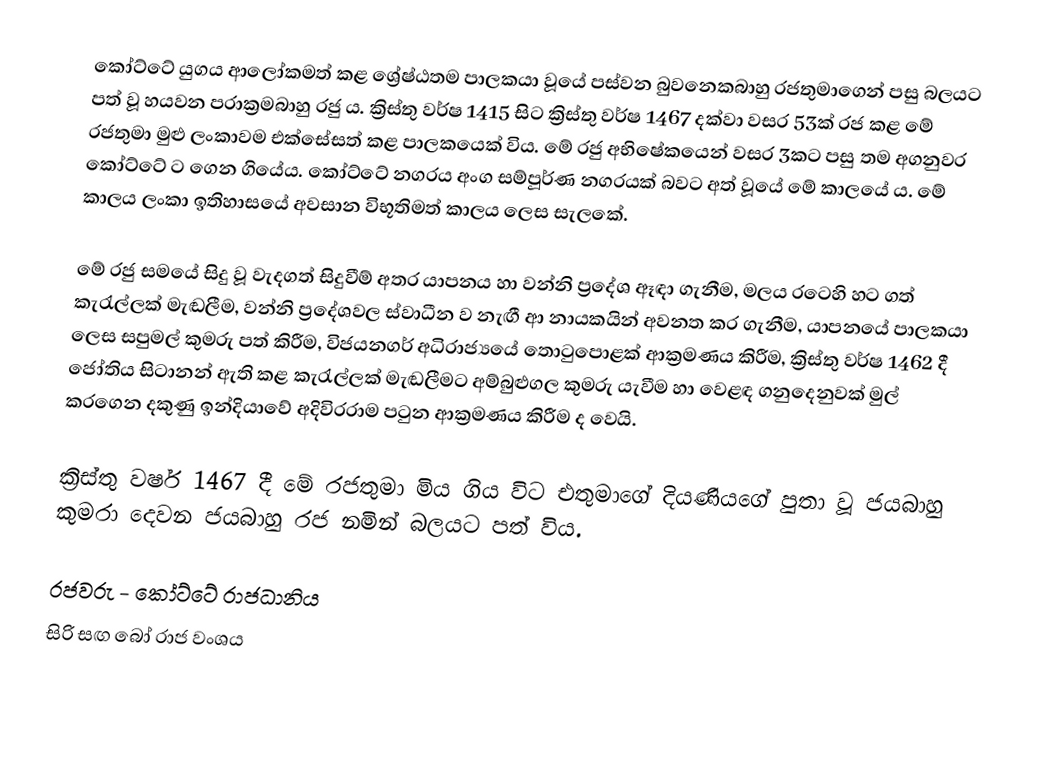
කෝට්ටේ යුගය ආලෝකමත් කළ ශ්‍රේෂ්ඨතම පාලකයා වූයේ පස්වන බුවනෙකබාහු රජතුමාගෙන් පසු බලයට පත් වූ හයවන පරාක්‍රමබාහු රජු ය. ක්‍රිස්තු වර්ෂ 1415 සිට ක්‍රිස්තු වර්ෂ 1467 දක්වා වසර 53ක් රජ කළ මේ රජතුමා මුළු ලංකාවම එක්සේසත් කළ පාලකයෙක් විය. මේ රජු අභිෂේකයෙන් වසර 3කට පසු තම අගනුවර කෝට්ටේ ට ගෙන ගියේය. කෝට්ටේ නගරය අංග සම්පූර්ණ නගරයක් බවට අත් වූයේ මේ කාලයේ ය. මේ කාලය ලංකා ඉතිහාසයේ අවසාන විභූතිමත් කාලය ලෙස සැලකේ.

මේ රජු සමයේ සිදු වූ වැදගත් සිදුවීම් අතර යාපනය හා වන්නි ප්‍රදේශ ඈඳා ගැනීම, මලය රටෙහි හට ගත් කැරැල්ලක් මැඬලීම, වන්නි ප්‍රදේශවල ස්වාධීන ව නැඟී ආ නායකයින් අවනත කර ගැනීම, යාපනයේ පාලකයා ලෙස සපුමල් කුමරු පත් කිරීම, විජයනගර් අධිරාජ්‍යයේ තොටුපොළක් ආක්‍රමණය කිරීම, ක්‍රිස්තු වර්ෂ 1462 දී ජෝතිය සිටානන් ඇති කළ කැරැල්ලක් මැඬලීමට අම්බුළුගල කුමරු යැවීම හා වෙළඳ ගනුදෙනුවක් මුල් කරගෙන දකුණු ඉන්දියාවේ අදිවිරරාම පටුන ආක්‍රමණය කිරීම ද වෙයි.

ක්‍රිස්තු වර්ෂ 1467 දී මේ රජතුමා මිය ගිය විට එතුමාගේ දියණියගේ පුතා වූ ජයබාහු කුමරා  දෙවන ජයබාහු රජ නමින් බලයට පත් විය.

රජවරු - කෝට්ටේ රාජධානිය
සිරි සඟ බෝ රාජ වංශය